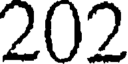
202